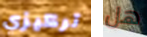
تركيزي هل